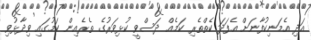
އަދި އެމަނިކުފާނަށް އެފަދަ ކެތްތެރި ކަމެއް ދަސްވީ ކުޅިވަރުގެ ތެރެއިން ކަމުގައި ވިދާޅުވި